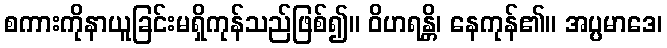
စကားကိုနာယူခြင်းမရှိကုန်သည်ဖြစ်၍။ ဝိဟရန္တိ၊ နေကုန်၏။ အပ္ပမာဒေ၊